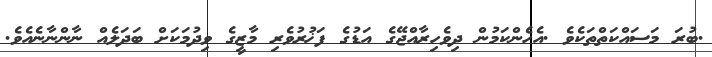
.ބުރަ މަސައްކަތްތަކެވެ .އެހެންކަމުން ދިވެހިރާއްޖޭގެ އަޑުގެ ފަޚުރުވެރި މާޒީގެ ވިދުމަކަށް ބަދަލެއް ނާންނާނެއެވެ.